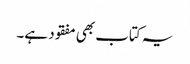
یہ کتاب بھی مفقود ہے۔